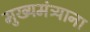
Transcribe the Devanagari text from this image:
मुख्यमंत्र्याना